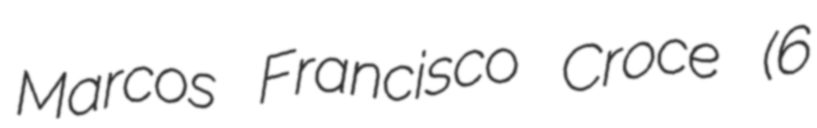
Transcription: Marcos Francisco Croce (6